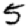
Digit: 5